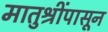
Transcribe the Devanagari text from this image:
मातुश्रींपासून